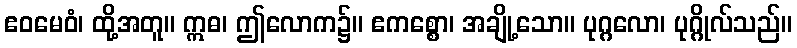
ဧဝမေဝံ၊ ထို့အတူ။ ဣဓ၊ ဤလောက၌။ ဧကစ္စော၊ အချို့သော။ ပုဂ္ဂလော၊ ပုဂ္ဂိုလ်သည်။